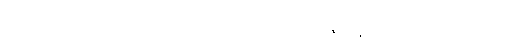
ဥဂ္ဃါတေတိ သံကထာဝ သောတ္ထိယော ဥသီရေန ဒုပ္ပဇဟန္တိ ကာသိကသုစိဝတ္ထဓရာ